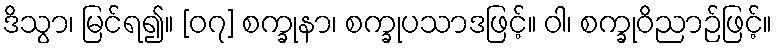
ဒိသွာ၊ မြင်ရ၍။ [၀၇] စက္ခုနာ၊ စက္ခုပသာဒဖြင့်။ ဝါ၊ စက္ခုဝိညာဉ်ဖြင့်။